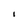
Character: I